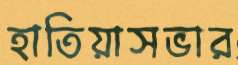
হাতিয়াসভার